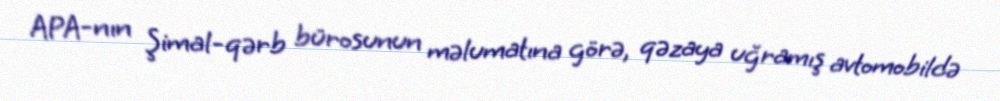
APA-nın Şimal-qərb bürosunun məlumatına görə, qəzaya uğramış avtomobildə